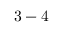
\mathrm { 3 - 4 }